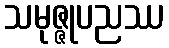
သမုဇ္ဇုပညဿ